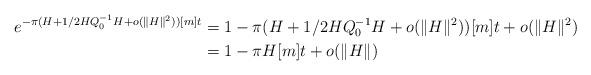
LaTeX: \begin{align*}e^{-\pi (H + 1/2 H Q_0^{-1}H + o(\lVert H\rVert^2))[m]t} &= 1 - \pi (H + 1/2 H Q_0^{-1} H + o(\lVert H\rVert^2))[m]t + o(\lVert H\rVert^2) \\ &= 1 - \pi H[m] t + o(\lVert H\rVert) \end{align*}